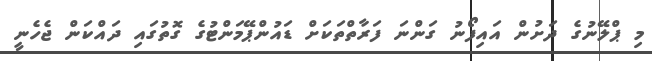
މި ޕްލޭނުގެ ދަށުން އައިފޯނު ގަންނަ ފަރާތްތަކަށް ޑައުންޕޭމަންޓުގެ ގޮތުގައި ދައްކަން ޖެހެނީ